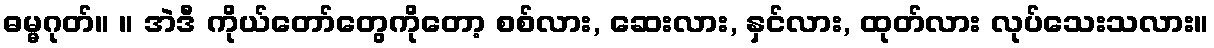
ဓမ္မဂုတ်။ ။ အဲဒီ ကိုယ်တော်တွေကိုတော့ စစ်လား, ဆေးလား, နှင်လား, ထုတ်လား လုပ်သေးသလား။